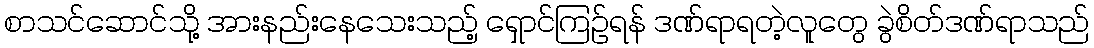
စာသင်ဆောင်သို့ အားနည်းနေသေးသည့် ရှောင်ကြဉ်ရန် ဒဏ်ရာရတဲ့လူတွေ ခွဲစိတ်ဒဏ်ရာသည်